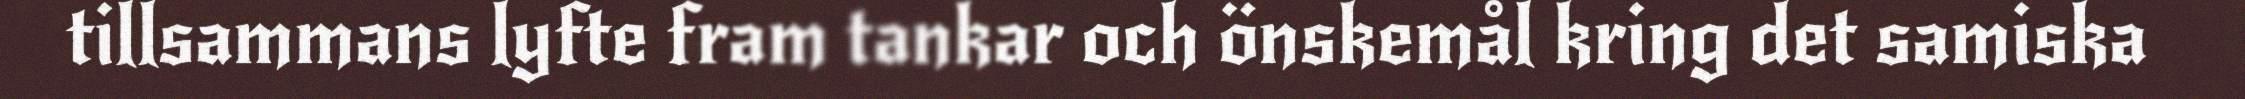
tillsammans lyfte fram tankar och önskemål kring det samiska